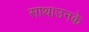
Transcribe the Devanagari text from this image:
साथ।उनके